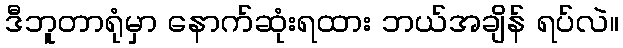
ဒီဘူတာရုံမှာ နောက်ဆုံးရထား ဘယ်အချိန် ရပ်လဲ။